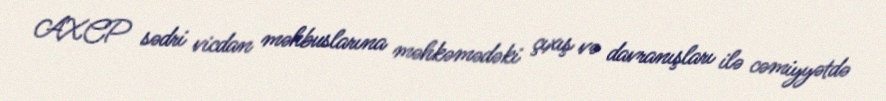
AXCP sədri vicdan məhbuslarına məhkəmədəki çıxış və davranışları ilə cəmiyyətdə